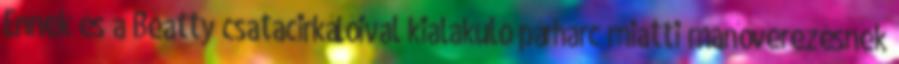
Ennek és a Beatty csatacirkálóival kialakuló párharc miatti manőverezésnek